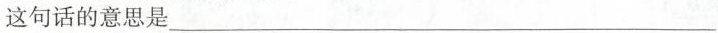
这句话的意思是___